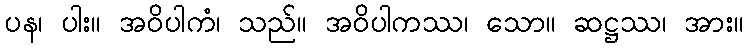
ပန၊ ပါး။ အဝိပါကံ၊ သည်။ အဝိပါကဿ၊ သော။ ဆဋ္ဌဿ၊ အား။